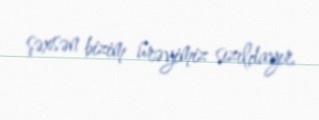
şəxsən bizim ürəyimiz sızıldayır.